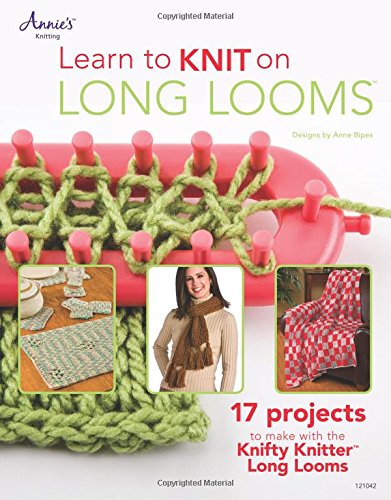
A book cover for Learn to Knit on Long Looms; Anne Bipes; Crafts, Hobbies & Home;